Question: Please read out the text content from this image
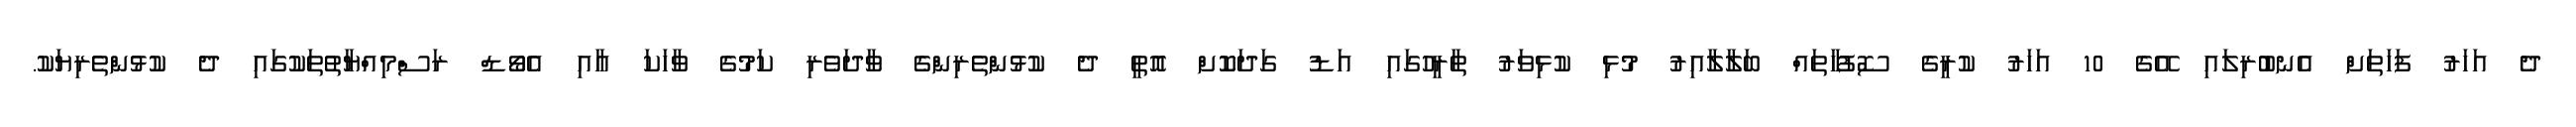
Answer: ދެ އަހަރު ފަހަތަށް އެނބުރިލައި އޭގެ 10 އަހަރު ކުރީގެ ސޮފުހާތައް ބަލާލާއިރު މުޅި ކުޅިވަރު ތާރީހުގައި އަޑު ގަދަކޮށް އޮތީ ދެ ކުޅުންތެރިންގެ ވާދަވެރި ކަމުގެ ވާހަކަ އާއި އެވޯޑް ރަސްމިއްޔާތުތަކުގައި ދެ ކުޅުންތެރިޔަކު.